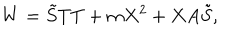
W = \tilde { S } T T + m X ^ { 2 } + X A \tilde { S } ,